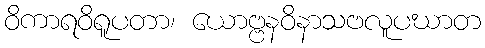
ဝိကာရဝိရူပတာ၊ ယောဗ္ဗနဝိနာသဗလူပဃာတ